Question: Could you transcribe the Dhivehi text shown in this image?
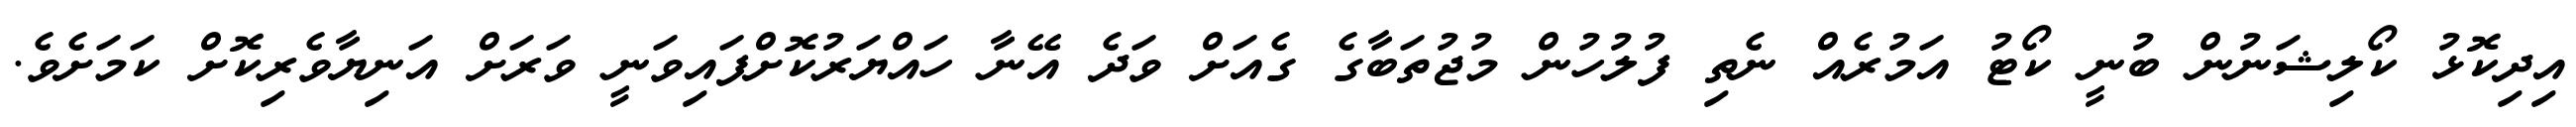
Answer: އިދިކޮޅު ކޯލިޝަނުން ބުނީ ކޯޓު އަމުރެއް ނެތި ފުލުހުން މުޖުތަބާގެ ގެއަށް ވަދެ އޭނާ ހައްޔަރުކޮށްފައިވަނީ ވަރަށް އަނިޔާވެރިކޮށް ކަމަށެވެ.